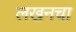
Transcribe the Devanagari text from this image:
लखनचा